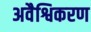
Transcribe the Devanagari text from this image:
अवैश्विकरण